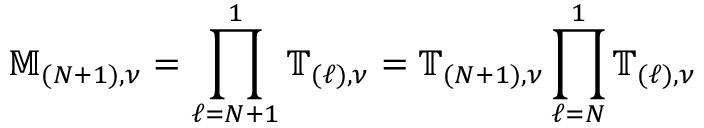
\mathbb { M } _ { ( N + 1 ) , \nu } = \prod _ { \ell = N + 1 } ^ { 1 } \mathbb { T } _ { ( \ell ) , \nu } = \mathbb { T } _ { ( N + 1 ) , \nu } \prod _ { \ell = N } ^ { 1 } \mathbb { T } _ { ( \ell ) , \nu }